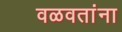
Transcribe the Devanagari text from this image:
वळवतांना